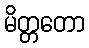
မိတ္တတော